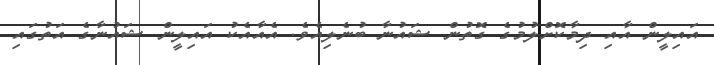
އައިލީން އާއި ދިމާކޮށްލުމުގެ ގޮތުން ޝައުނާ ބުނެލިއެވެ. އެއާއެކު އައިލީން ޝައުނާގެ އަތުގައި